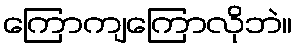
ကြောကျကြောလိုဘဲ။